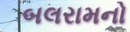
બલરામનો